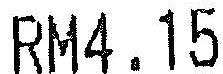
RM4.15